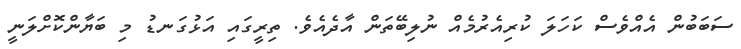
ސަބަބުން އެއްވެސް ކަހަލަ ކުރިއެރުމެއް ނުލިބޭތަން އާދެއެެވެ. ތިރީގައި އަޅުގަނޑު މި ބަޔާންކޮށްލަނީ